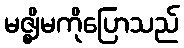
မဇ္ဈိမကိုပြောသည်